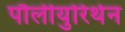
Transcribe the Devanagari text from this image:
पौलीयुरिथेन